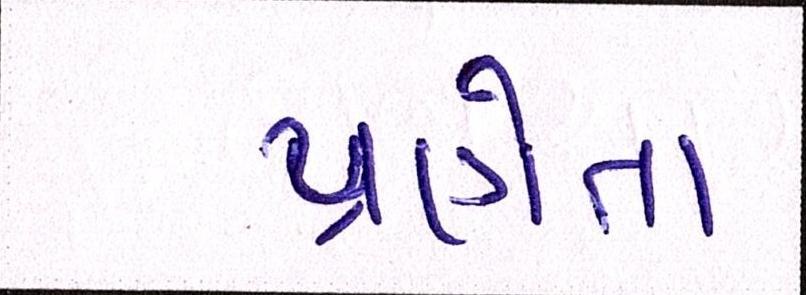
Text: પ્રણેતા